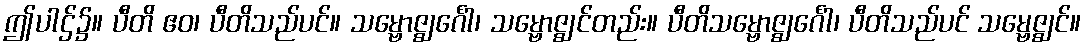
ဤပါဌ်၌။ ပီတိ ဧဝ၊ ပီတိသည်ပင်။ သမ္ဗောဇ္ဈင်္ဂေါ၊ သမ္ဗောဇ္ဈင်တည်း။ ပီတိသမ္ဗောဇ္ဈင်္ဂေါ၊ ပီတိသည်ပင် သမ္ဗေဇ္ဈင်။